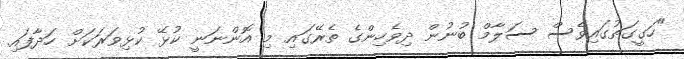
"ހަގީގަތުގައިވެސް ސަލާމް ބުނުން ދިވެހިންގެ ތެރޭގައި މި އޮންނަނީ ކުޅޭ ކުޅިވަރަކަށް ހަދާފައި.